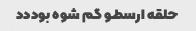
حلقه ارسطو گم شوه بوددد